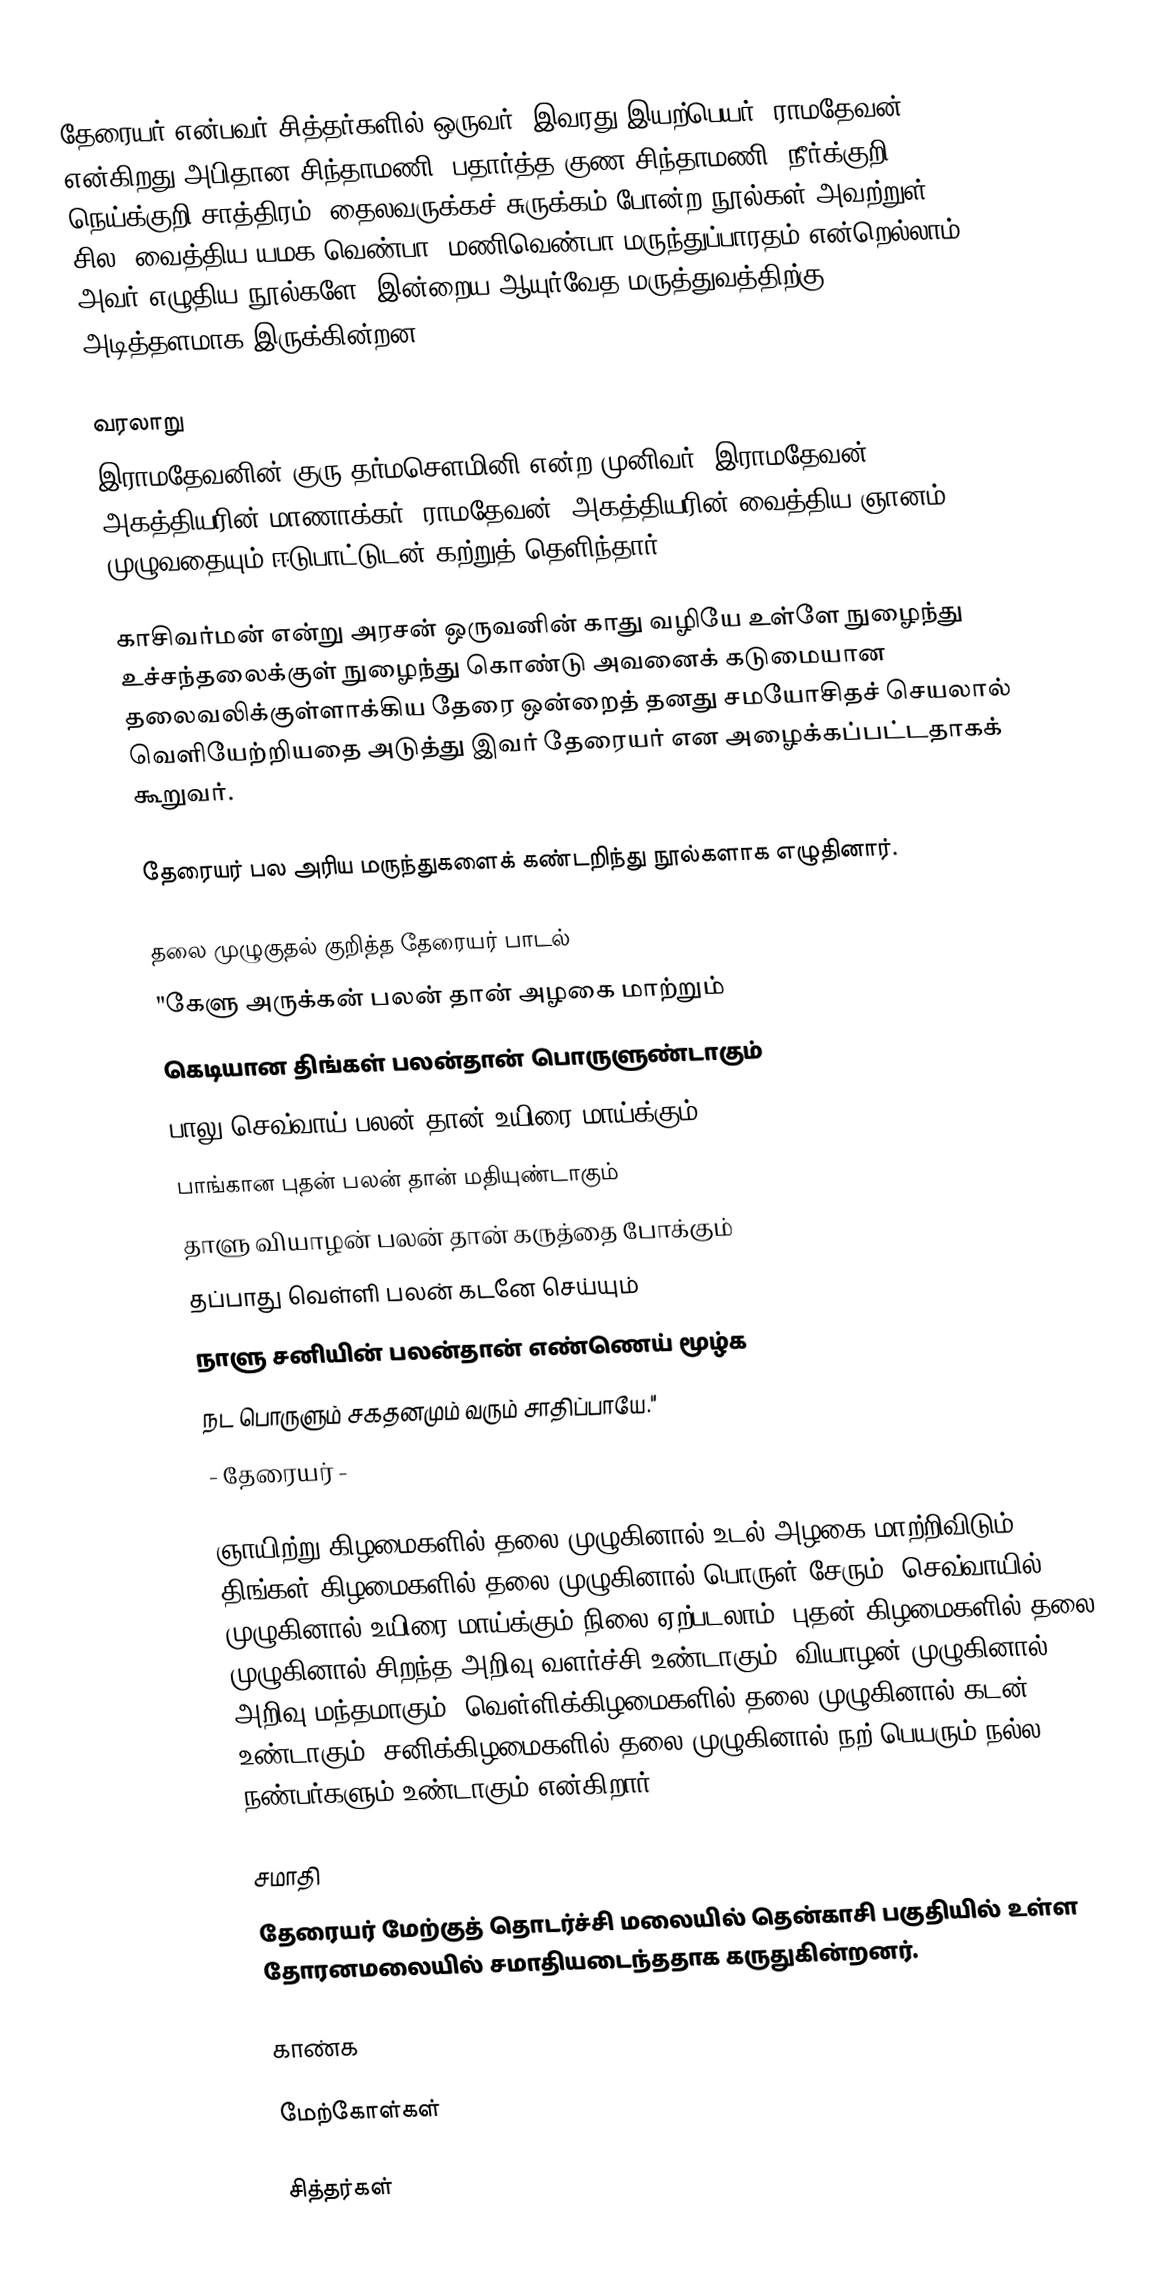
தேரையர் என்பவர் சித்தர்களில் ஒருவர். இவரது இயற்பெயர், ராமதேவன் என்கிறது அபிதான சிந்தாமணி. பதார்த்த குண சிந்தாமணி, நீர்க்குறி, நெய்க்குறி சாத்திரம், தைலவருக்கச் சுருக்கம் போன்ற நூல்கள் அவற்றுள் சில. வைத்திய யமக வெண்பா, மணிவெண்பா மருந்துப்பாரதம் என்றெல்லாம் அவர் எழுதிய நூல்களே, இன்றைய ஆயுர்வேத மருத்துவத்திற்கு அடித்தளமாக இருக்கின்றன.

வரலாறு
இராமதேவனின் குரு தர்மசௌமினி என்ற முனிவர். இராமதேவன் அகத்தியரின் மாணாக்கர். ராமதேவன், அகத்தியரின் வைத்திய ஞானம் முழுவதையும் ஈடுபாட்டுடன் கற்றுத் தெளிந்தார்.

காசிவர்மன் என்று அரசன் ஒருவனின் காது வழியே உள்ளே நுழைந்து உச்சந்தலைக்குள் நுழைந்து கொண்டு அவனைக் கடுமையான தலைவலிக்குள்ளாக்கிய தேரை ஒன்றைத் தனது சமயோசிதச் செயலால் வெளியேற்றியதை அடுத்து இவர் தேரையர் என அழைக்கப்பட்டதாகக் கூறுவர்.

தேரையர் பல அரிய மருந்துகளைக் கண்டறிந்து நூல்களாக எழுதினார்.

தலை முழுகுதல் குறித்த தேரையர் பாடல்
"கேளு அருக்கன் பலன் தான் அழகை மாற்றும்
கெடியான திங்கள் பலன்தான் பொருளுண்டாகும்
பாலு செவ்வாய் பலன் தான் உயிரை மாய்க்கும்
பாங்கான புதன் பலன் தான் மதியுண்டாகும்
தாளு வியாழன் பலன் தான் கருத்தை போக்கும்
தப்பாது வெள்ளி பலன் கடனே செய்யும்
நாளு சனியின் பலன்தான் எண்ணெய் மூழ்க
நட பொருளும் சகதனமும் வரும் சாதிப்பாயே."
- தேரையர் -

ஞாயிற்று கிழமைகளில் தலை முழுகினால் உடல் அழகை மாற்றிவிடும், திங்கள் கிழமைகளில் தலை முழுகினால் பொருள் சேரும், செவ்வாயில் முழுகினால் உயிரை மாய்க்கும் நிலை ஏற்படலாம். புதன் கிழமைகளில் தலை முழுகினால் சிறந்த அறிவு வளர்ச்சி உண்டாகும். வியாழன் முழுகினால் அறிவு மந்தமாகும். வெள்ளிக்கிழமைகளில் தலை முழுகினால் கடன் உண்டாகும். சனிக்கிழமைகளில் தலை முழுகினால் நற் பெயரும் நல்ல நண்பர்களும் உண்டாகும் என்கிறார்.

சமாதி
தேரையர் மேற்குத் தொடர்ச்சி மலையில் தென்காசி பகுதியில் உள்ள தோரனமலையில் சமாதியடைந்ததாக கருதுகின்றனர்.

காண்க

மேற்கோள்கள்

சித்தர்கள்